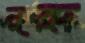
নুরু